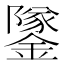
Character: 鐆